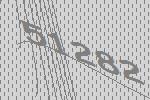
51282